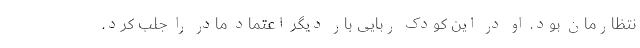
نتظارمان بود. او در این کودک ربایی بار دیگر اعتماد مادر را جلب کرد.